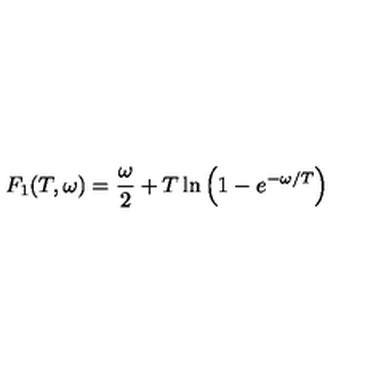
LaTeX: F _ { 1 } ( T , \omega ) = \frac { \omega } { 2 } + T \ln \left( 1 - e ^ { - \omega / T } \right)